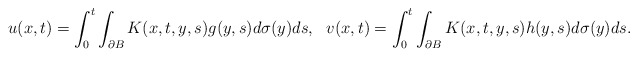
\begin{align*}u(x, t)= \int_0^t \int_{\partial B} K(x,t,y,s) g(y,s) d\sigma(y) ds,\ \ v(x, t)= \int_{0}^t \int_{\partial B} K(x,t,y,s) h(y,s) d\sigma(y) ds.\end{align*}